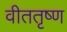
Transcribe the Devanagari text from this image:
वीततृष्ण